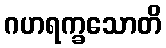
ဂဟရက္ခသောတိ